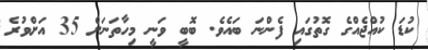
ކުޑަ ކުއްޖެއްގެ ގޮތުގައި ފެންނަ ބައެވެ. ބޮބީ ވަނީ މިހާތަނަށް 35 އަށްވުރެ